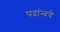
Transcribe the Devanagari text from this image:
पदांन्वये